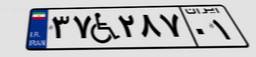
۷۰W۱۱۳۶۵